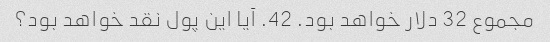
مجموع 32 دلار خواهد بود. 42. آیا این پول نقد خواهد بود؟